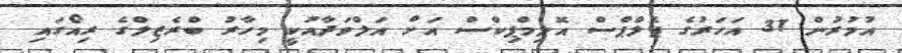
އުމުރުން 31 އަހަރުގެ ޕެލްޕްސް އޮލިމްޕިކްސް އަށް އަލްވަދާއުކީ މިހާރު ބްރެޒިލްގެ ރިއޯގައި